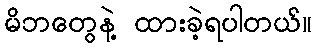
မိဘတွေနဲ့ ထားခဲ့ရပါတယ်။